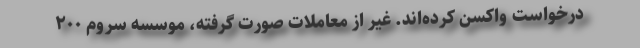
درخواست واکسن کرده‌اند. غیر از معاملات صورت گرفته، موسسه سروم ۲۰۰